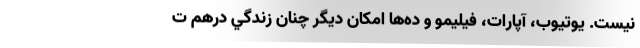
نيست. يوتيوب، آپارات، فيليمو و ده‌ها امكان ديگر چنان زندگي درهم ت